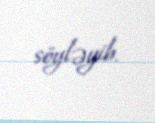
söyləyib.